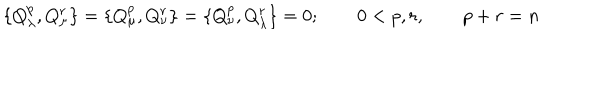
\{ Q _ { \lambda } ^ { p } , Q _ { \mu } ^ { r } \} = \{ Q _ { \mu } ^ { p } , Q _ { \nu } ^ { r } \} = \{ Q _ { \nu } ^ { p } , Q _ { \lambda } ^ { r } \} = 0 ; \qquad 0 < p , r , \qquad p + r = n